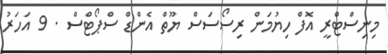
މިނިސްޓްރީ އޮފް ހިޔުމަން ރިސޯސަސް ޔޫތް އެންޑް ސްޕޯޓްސް . 9 އަހަރު